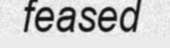
feased